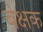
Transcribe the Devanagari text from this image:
बेक्षक